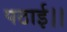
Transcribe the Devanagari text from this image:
पठाई।।